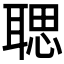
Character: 𦖻